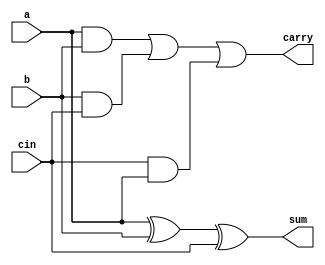
module fullAdder (input a ,b ,cin ,
output sum ,carry );

   
assign #2 sum = a ^ b ^ cin;  
assign #2 carry = (a&b) | (b&cin) | (cin&a);

endmodule